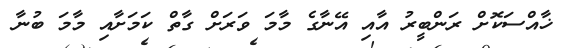
ޚާއްސަކޮށް ރަންބީރު އާއި އޭނާގެ މާމަ ވަރަށް ގާތް ކަމަށާއި މާމަ ބުނާ